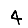
Digit: 4